Civil Veterinary Department Bihar & Orissa reports 1922-29 - 1922-1929
Year: 1922
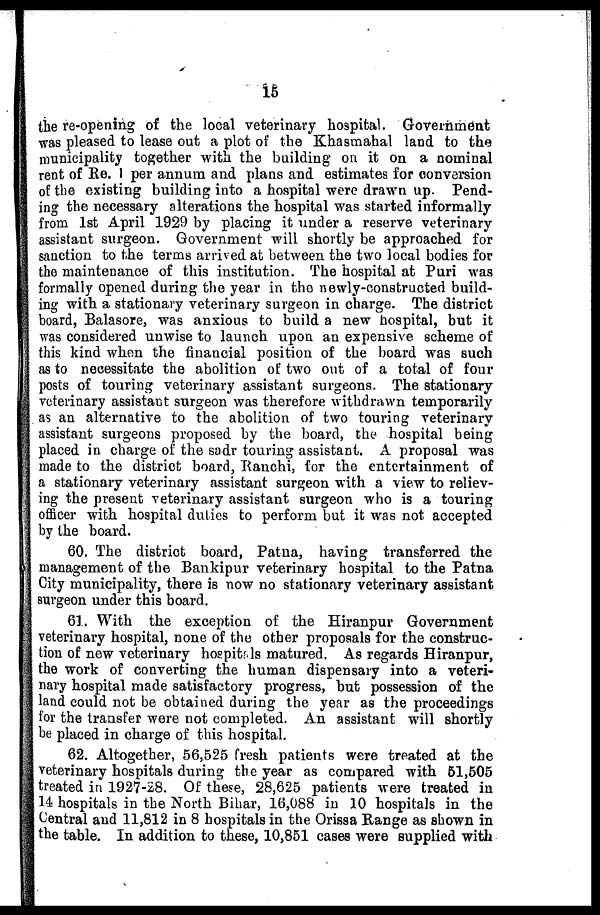
15
the re-opening of the local veterinary hospital. Government
was pleased to lease out a plot of the Khasmahal land to the
municipality together with the building on it on a nominal
rent of Re. 1 per annum and plans and estimates for conversion
of the existing building into a hospital were drawn up. Pend-
ing the necessary alterations the hospital was started informally
from 1st April 1929 by placing it under a reserve veterinary
assistant surgeon. Government will shortly be approached for
sanction to the terms arrived at between the two local bodies for
the maintenance of this institution. The hospital at Puri was
formally opened during the year in the newly-constructed build-
ing with a stationary veterinary surgeon in charge. The district
board, Balasore, was anxious to build a new hospital, but it
was considered unwise to launch upon an expensive scheme of
this kind when the financial position of the board was such
as to necessitate the abolition of two out of a total of four
posts of touring veterinary assistant surgeons. The stationary
veterinary assistant surgeon was therefore withdrawn temporarily
as an alternative to the abolition of two touring veterinary
assistant surgeons proposed by the board, the hospital being
placed in charge of the sadr touring assistant. A proposal was
made to the district board, Ranchi, for the entertainment of
a stationary veterinary assistant surgeon with a view to reliev-
ing the present veterinary assistant surgeon who is a touring
officer with hospital duties to perform but it was not accepted
by the board.
60. The district board, Patna, having transferred the
management of the Bankipur veterinary hospital to the Patna
City municipality, there is now no stationary veterinary assistant
surgeon under this board.
61. With the exception of the Hiranpur Government
veterinary hospital, none of the other proposals for the construc-
tion of new veterinary hospitals matured. As regards Hiranpur,
the work of converting the human dispensary into a veteri-
nary hospital made satisfactory progress, but possession of the
land could not be obtained during the year as the proceedings
for the transfer were not completed. An assistant will shortly
he placed in charge of this hospital.
62. Altogether, 56,525 fresh patients were treated at the
veterinary hospitals during the year as compared with 61,505
treated in 1927-28. Of these, 28,625 patients were treated in
14 hospitals in the North Bihar, 16,088 in 10 hospitals in the
Central and 11,812 in 8 hospitals in the Orissa Range as shown in
the table. In addition to these, 10,851 cases were supplied with